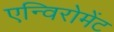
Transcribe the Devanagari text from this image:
एन्विरोमेंट